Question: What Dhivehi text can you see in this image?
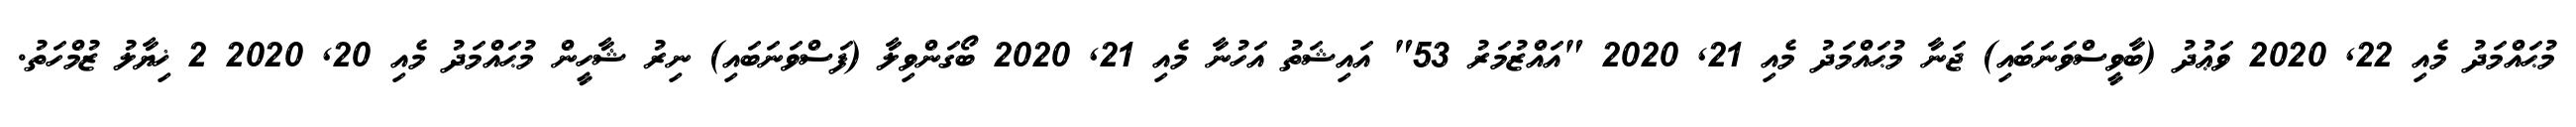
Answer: މުޙައްމަދު މެއި 22, 2020 ވަޢުދު (ބާވީސްވަނަބައި) ޖަނާ މުޙައްމަދު މެއި 21, 2020 "އައްޒުމަރު 53" އައިޝަތު އަހުނާ މެއި 21, 2020 ބޯގަންވިލާ (ފަސްވަނަބައި) ނިރު ޝާހީން މުޙައްމަދު މެއި 20, 2020 2 ޚިޔާލު ޒުމްހަތު.